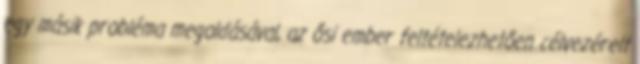
egy másik probléma megoldásával, az ősi ember feltételezhetően célvezérelt